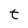
Character: t